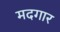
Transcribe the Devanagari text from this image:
मदगार